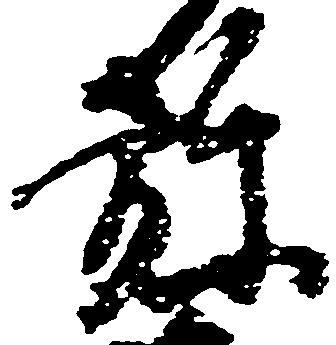
弥